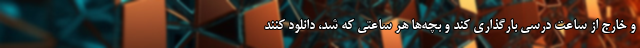
و خارج از ساعت درسی بارگذاری کند و بچه‌ها هر ساعتی که شد، دانلود کنند